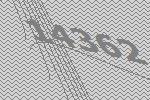
14362